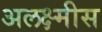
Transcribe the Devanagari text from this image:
अलक्ष्मीस